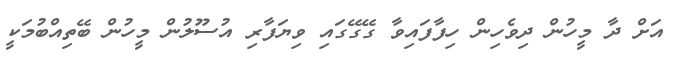
އަށް ދާ މީހުން ދިވެހިން ހިފާފައިވާ ގޭގޭގައި ވިޔަފާރި އުސޫލުން މީހުން ބޭތިއްބުމަކީ